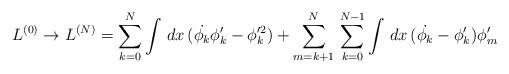
LaTeX: \begin{align*}L^{(0)}\rightarrow L^{(N)}=\sum_{k=0}^{N}\int\,dx\,(\dot{\phi_k}\phi_k'-\phi_k'^2)+\sum_{m=k+1}^{N}\,\sum_{k=0}^{N-1}\int\,dx\,(\dot{\phi_k}-\phi_k')\phi_m'\end{align*}